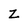
Character: Z